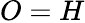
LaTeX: O=H